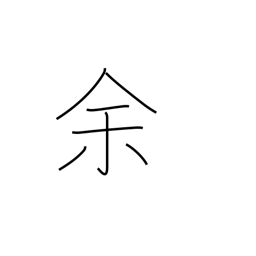
Meaning: remainder